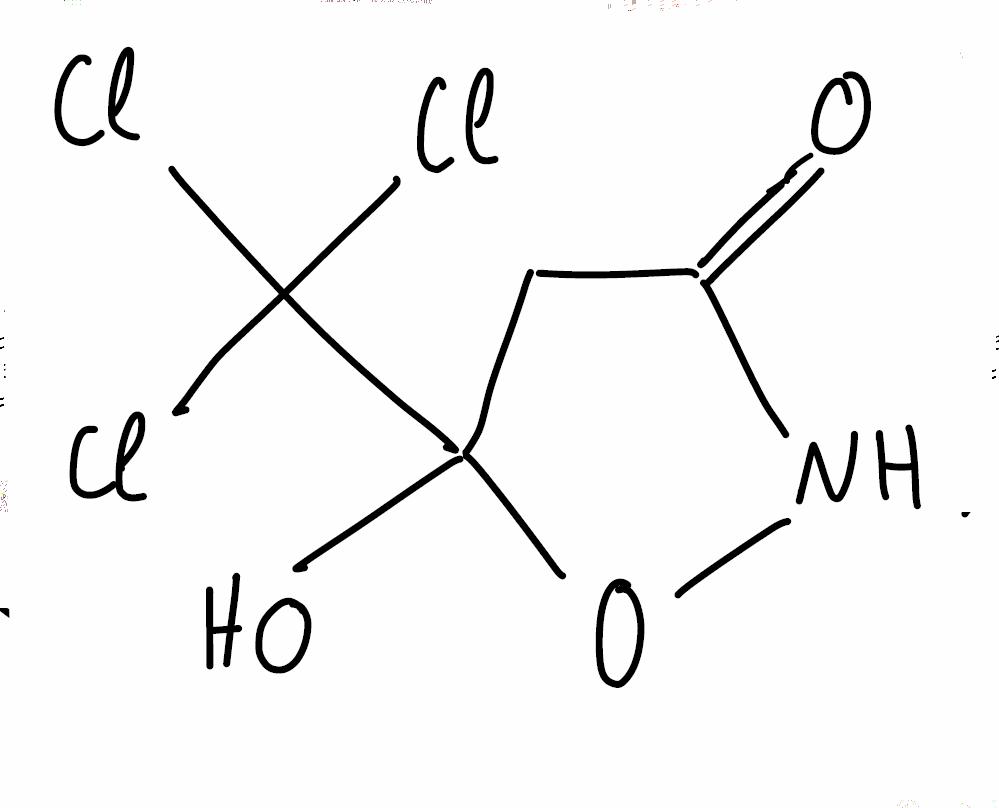
Simplified molecular-input line-entry system (SMILES) notation of the given molecule:
C1C(=O)NOC1(C(Cl)(Cl)Cl)O